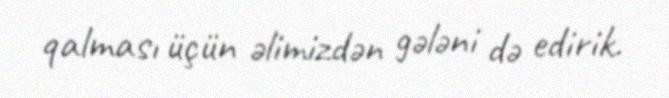
qalması üçün əlimizdən gələni də edirik.